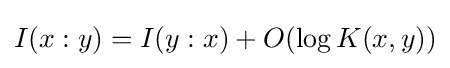
I(x:y)=I(y:x)+O(\log K(x,y))